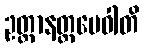
ဥတ္တာနတ္ထမေဝါတိ